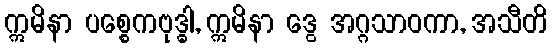
ဣမိနာ ပစ္စေကဗုဒ္ဓါ, ဣမိနာ ဒွေ အဂ္ဂသာဝကာ, အသီတိ